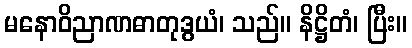
မနောဝိညာဏဓာတုဒွယံ၊ သည်။ နိဋ္ဌိတံ၊ ပြီး။